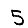
Digit: 5